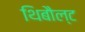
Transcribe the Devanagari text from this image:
थिबौल्ट